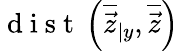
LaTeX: \mathrm{~d~i~s~t~}\left(\overline{{\vec{z}}}_{\vert y},\overline{{\vec{z}}}\right)